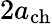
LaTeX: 2a_{\mathrm{ch}}